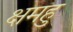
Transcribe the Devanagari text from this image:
क्षमहु